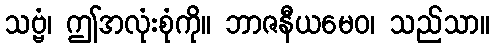
သဗ္ဗံ၊ ဤအလုံးစုံကို။ ဘာဇနီယမေဝ၊ သည်သာ။